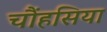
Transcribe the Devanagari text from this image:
चौंहसिया